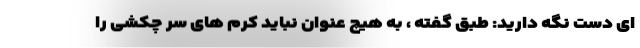
ای دست نگه دارید: طبق گفته ، به هیچ عنوان نباید کرم‌ های سر چکشی را